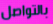
بالتواصل